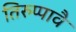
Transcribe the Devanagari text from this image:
तिरुप्पावै